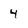
Character: 4